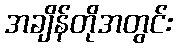
အချိန်တိုအတွင်း